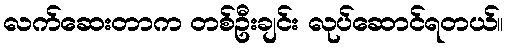
လက်ဆေးတာက တစ်ဦးချင်း လုပ်ဆောင်ရတယ်။